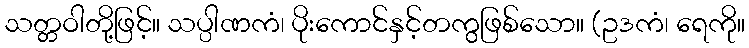
သတ္တဝါတို့ဖြင့်။ သပ္ပါဏကံ၊ ပိုးကောင်နှင့်တကွဖြစ်သော။ (ဥဒကံ၊ ရေကို။